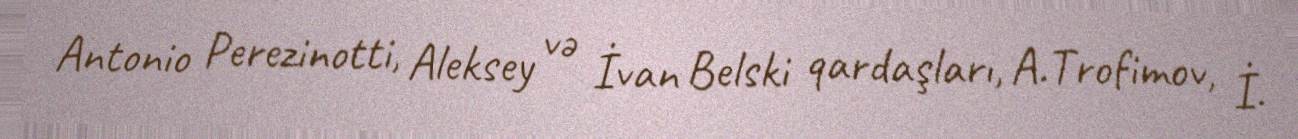
Antonio Perezinotti, Aleksey və İvan Belski qardaşları, A.Trofimov, İ.